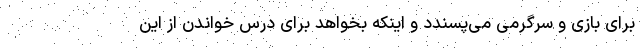
برای بازی و سرگرمی می‌پسندد و اینکه بخواهد برای درس خواندن از این